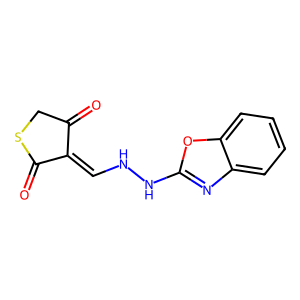
SMILES: O=C1CSC(=O)C1=CNNc1nc2ccccc2o1
Inhibits HIV replication: No